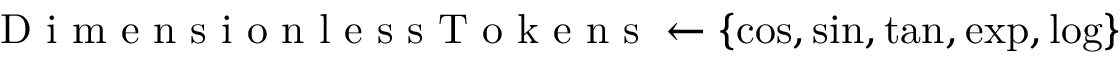
\mathrm { ~ D ~ i ~ m ~ e ~ n ~ s ~ i ~ o ~ n ~ l ~ e ~ s ~ s ~ T ~ o ~ k ~ e ~ n ~ s ~ } \gets \{ \cos , \sin , \tan , \exp , \log \}